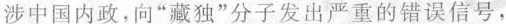
涉中国内政，向”藏独”分子发出严重的错误信号，